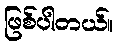
ဖြစ်ပါတယ်။